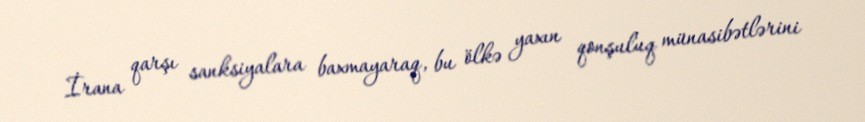
İrana qarşı sanksiyalara baxmayaraq, bu ölkə yaxın qonşuluq münasibətlərini